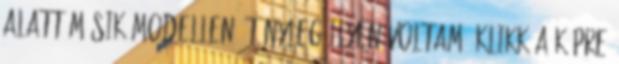
alatt másik modellen: Tényleg ilyen voltam. Klikk a képre